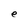
Character: e